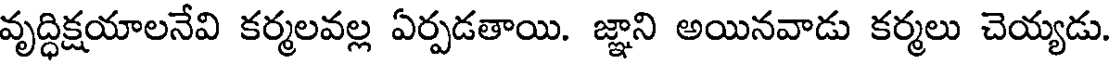
వృద్ధిక్షయాలనేవి కర్మలవల్ల ఏర్పడతాయి. జ్ఞాని అయినవాడు కర్మలు చెయ్యడు.